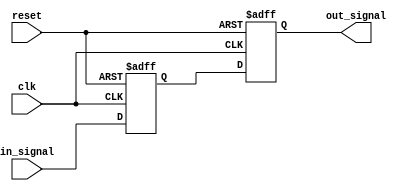
module timing_control_sync (
    input wire clk,
    input wire reset,
    input wire in_signal,
    output reg out_signal
);

reg flop1;
reg flop2;

always @(posedge clk or posedge reset) begin
    if (reset) begin
        flop1 <= 1'b0;
        flop2 <= 1'b0;
    end else begin
        flop1 <= in_signal;
        flop2 <= flop1;
    end
end

assign out_signal = flop2;

endmodule